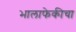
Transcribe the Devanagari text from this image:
भालाफेकीचा